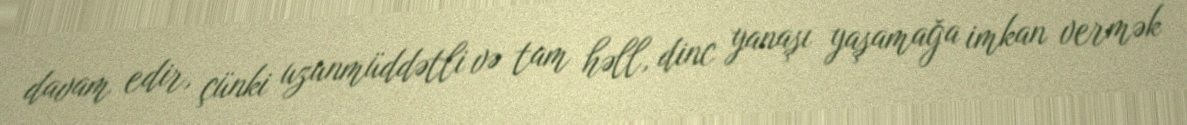
davam edir, çünki uzunmüddətli və tam həll, dinc yanaşı yaşamağa imkan vermək